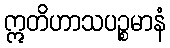
ဣတိဟာသပဉ္စမာနံ